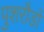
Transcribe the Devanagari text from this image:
पुशरौडों